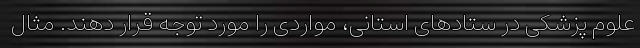
علوم پزشکی در ستادهای استانی، مواردی را مورد توجه قرار دهند. مثال